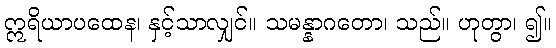
ဣရိယာပထေန၊ နှင့်သာလျှင်။ သမန္နာဂတော၊ သည်။ ဟုတွာ၊ ၍။